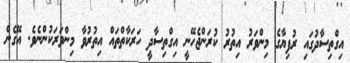
އިގްތިސާދުގައި ރުފިޔާގެ މިންވަރު އިތުރު ކުރަންޖެހޭނީ އިގްތިސާދީ ހަރަކާތްތައް އިތުރުވާ މިންވަރަކުންނެވެ. އޭގެން